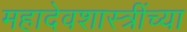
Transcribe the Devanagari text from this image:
महादेवशास्त्रींच्या